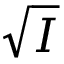
\sqrt { I }